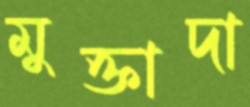
মুক্তাদা